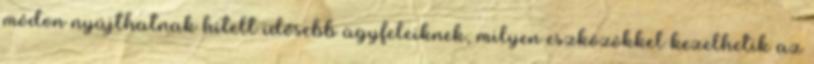
módon nyújthatnak hitelt idősebb ügyfeleiknek, milyen eszközökkel kezelhetik az